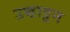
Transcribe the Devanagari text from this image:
उच्चाट्टन